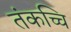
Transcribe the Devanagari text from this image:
तंकच्चि